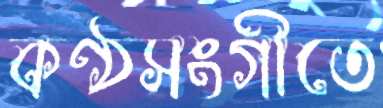
কণ্ঠসংগীতে